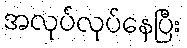
အလုပ်လုပ်နေပြီး